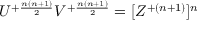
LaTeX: U ^ { + { \frac { n ( n + 1 ) } { 2 } } } V ^ { + { \frac { n ( n + 1 ) } { 2 } } } = [ Z ^ { + { ( n + 1 ) } } ] ^ { n }